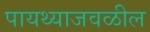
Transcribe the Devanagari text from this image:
पायथ्याजवळील